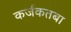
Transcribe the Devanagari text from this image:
कर्जकतबा